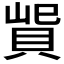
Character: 𰷃